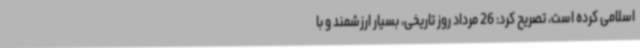
اسلامی کرده است، تصریح کرد: 26 مرداد روز تاریخی، بسیار ارزشمند و با